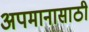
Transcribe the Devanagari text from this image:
अपमानासाठी